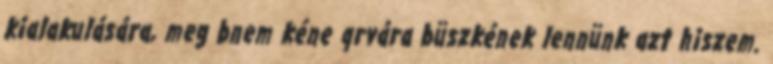
kialakulására, meg bnem kéne qrvára büszkének lennünk azt hiszem.